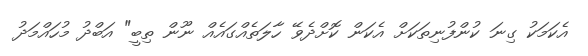
އެކަމަކު ގިނަ ކުންފުނިތަކަށް އެކަން ކޮށްދެވޭ ހާލަތެއްގައެއް ނޫން ތިބީ" އަބްދު މުހައްމަދު